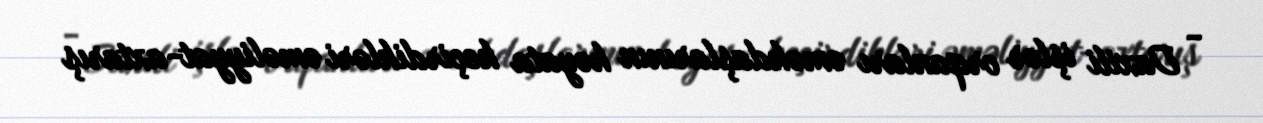
- Daxili işlər orqanları əməkdaşlarının həyata keçirdikləri əməliyyat-axtarış